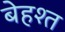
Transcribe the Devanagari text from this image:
बेहश्त